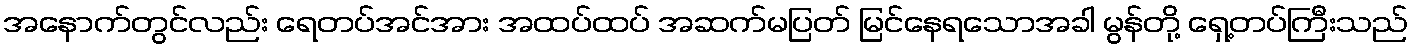
အနောက်တွင်လည်း ရေတပ်အင်အား အထပ်ထပ် အဆက်မပြတ် မြင်နေရသောအခါ မွန်တို့ ရှေ့တပ်ကြီးသည်